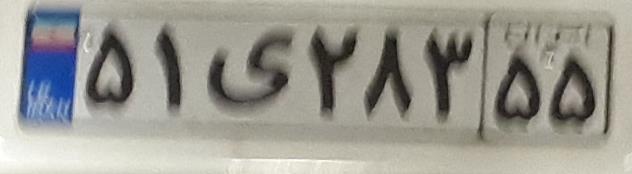
۵۱ی۲۸۳۵۵